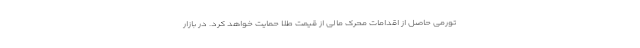
تورمی حاصل از اقدامات محرک مالی از قیمت طلا حمایت خواهد کرد. در بازار